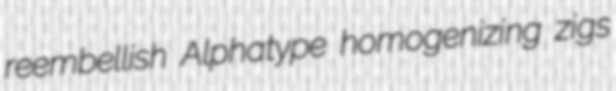
reembellish Alphatype homogenizing zigs